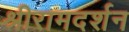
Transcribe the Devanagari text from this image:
श्रीरामदर्शन